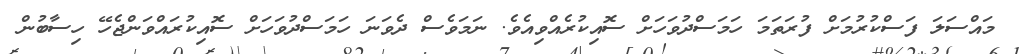
މައްސަލަ ފަސްކުރުމަށް ފުރަތަމަ ހަމަސްދުވަހަށް ސޮއިކުރެއްވިއެވެ. ނަމަވެސް ދެވަނަ ހަމަސްދުވަހަށް ސޮއިކުރައްވަންޖެހޭ ހިސާބުން